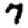
Digit: 7